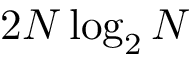
2 N \log _ { 2 } N